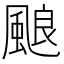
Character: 𩗖